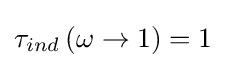
\tau _{ind}\left(\omega \rightarrow 1\right)=1